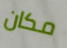
مكان